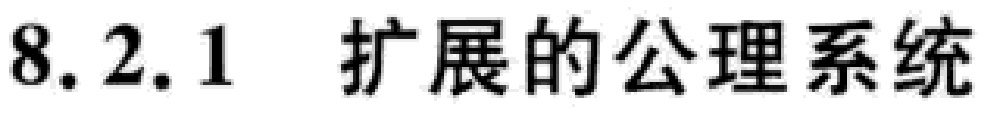
8.2.1 扩展的公理系统